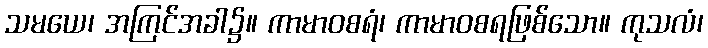
သမယေ၊ အကြင်အခါ၌။ ကာမာဝစရံ၊ ကာမာဝစရဖြစ်သော။ ကုသလံ၊